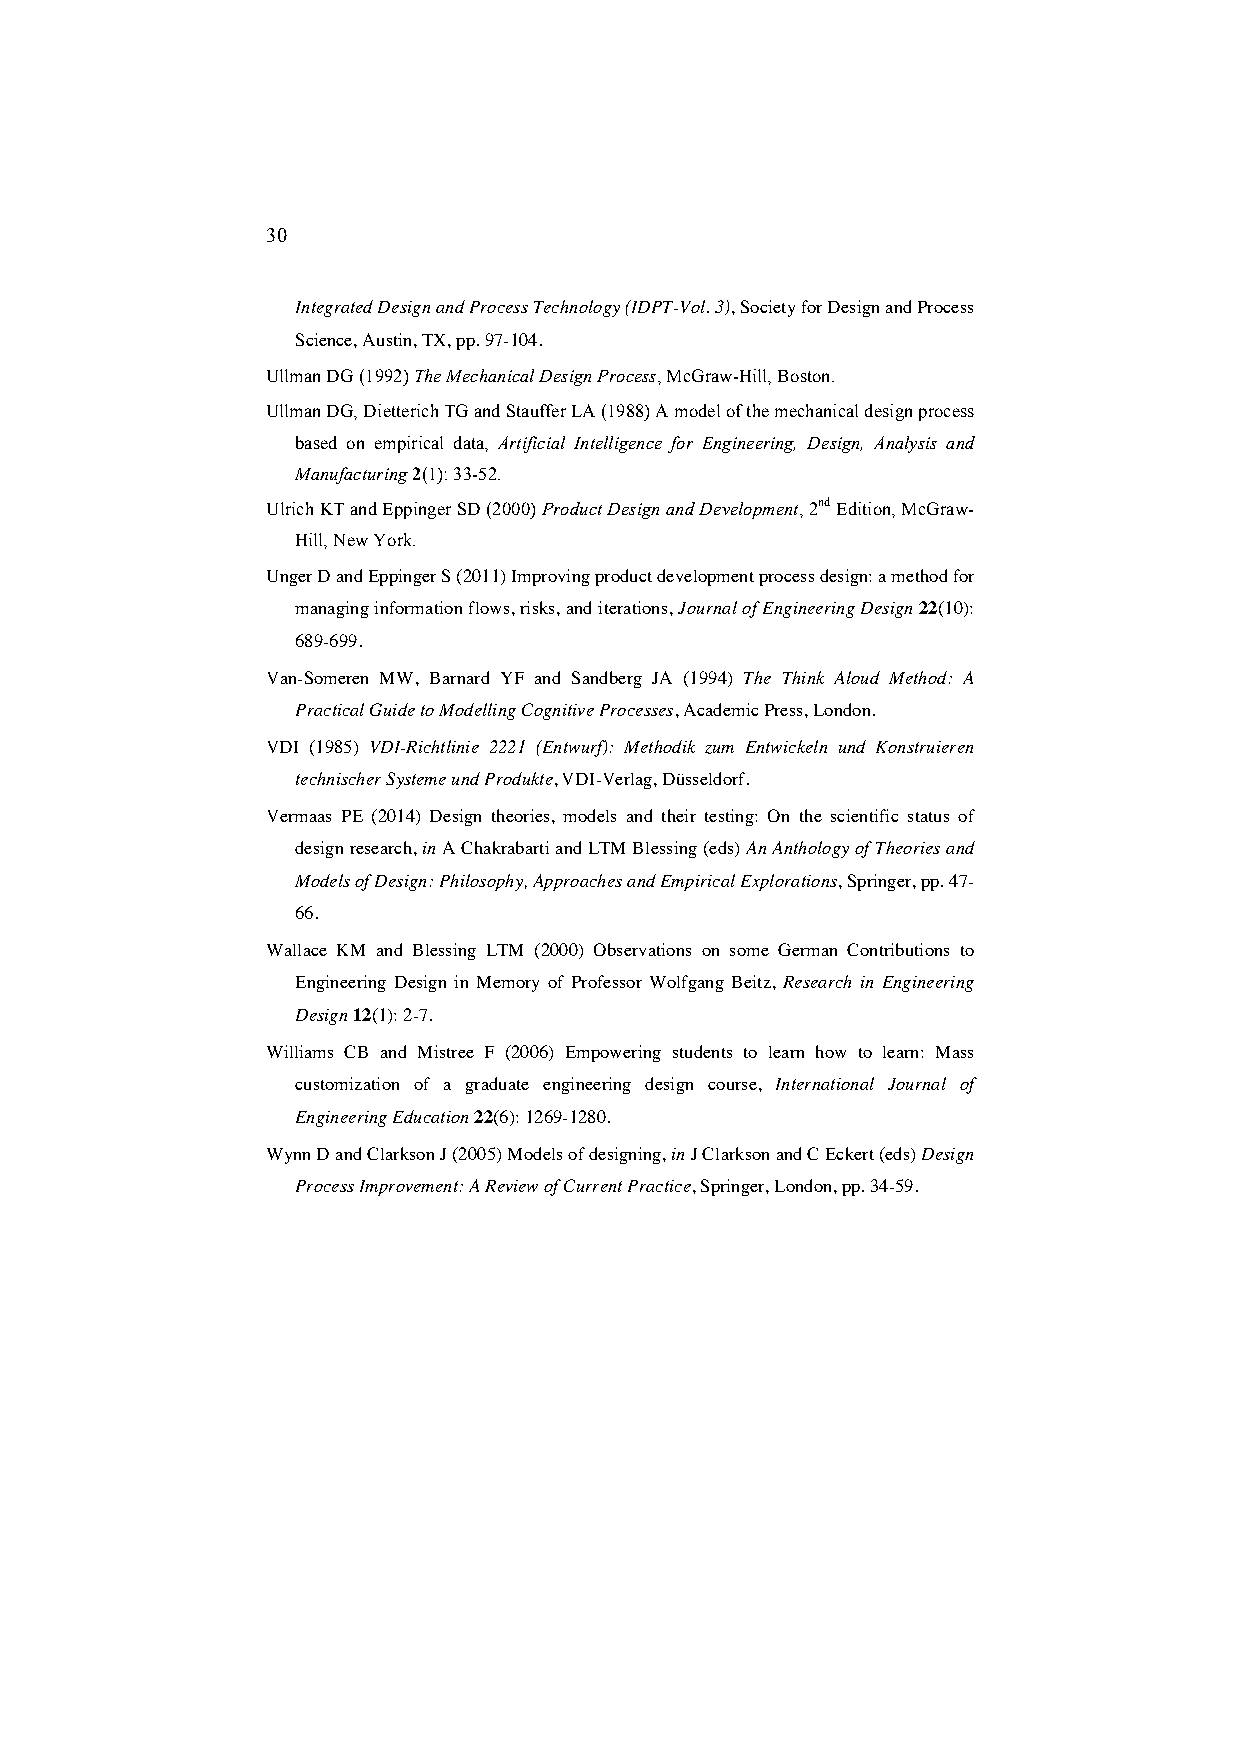
30
 Integrated Design and Process Technology (IDPT-Vol. 3), Society for Design and Process
 Science, Austin, TX, pp. 97-104.
 Ullman DG (1992) The Mechanical Design Process, McGraw-Hill, Boston.
 Ullman DG, Dietterich TG and Stauffer LA (1988) A model of the mechanical design process
 based on empirical data, Artificial Intelligence for Engineering, Design, Analysis and
 Manufacturing 2(1): 33-52.
 Ulrich KT and Eppinger SD (2000) Product Design and Development, 2nd Edition, McGraw-
 Hill, New York.
 Unger D and Eppinger S (2011) Improving product development process design: a method for
 managing information flows, risks, and iterations, Journal of Engineering Design 22(10):
 689-699.
 Van-Someren MW, Barnard YF and Sandberg JA (1994) The Think Aloud Method: A
 Practical Guide to Modelling Cognitive Processes, Academic Press, London.
 VDI (1985) VDI-Richtlinie 2221 (Entwurf): Methodik zum Entwickeln und Konstruieren
 technischer Systeme und Produkte, VDI-Verlag, Düsseldorf.
 Vermaas PE (2014) Design theories, models and their testing: On the scientific status of
 design research, in A Chakrabarti and LTM Blessing (eds) An Anthology of Theories and
 Models of Design: Philosophy, Approaches and Empirical Explorations, Springer, pp. 47-
 66.
 Wallace KM and Blessing LTM (2000) Observations on some German Contributions to
 Engineering Design in Memory of Professor Wolfgang Beitz, Research in Engineering
 Design 12(1): 2-7.
 Williams CB and Mistree F (2006) Empowering students to learn how to learn: Mass
 customization of a graduate engineering design course, International Journal of
 Engineering Education 22(6): 1269-1280.
 Wynn D and Clarkson J (2005) Models of designing, in J Clarkson and C Eckert (eds) Design
 Process Improvement: A Review of Current Practice, Springer, London, pp. 34-59.